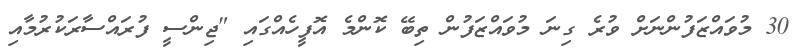
30 މުވައްޒަފުންނަށް ވުރެ ގިނަ މުވައްޒަފުން ތިބޭ ކޮންމެ އޮފީހެއްގައި "ޖިންސީ ފުރައްސާރަކުރުމާއި